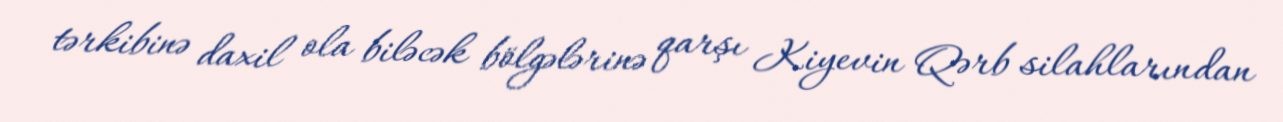
tərkibinə daxil ola biləcək bölgələrinə qarşı Kiyevin Qərb silahlarından